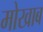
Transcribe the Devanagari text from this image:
मोखाब